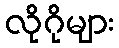
လိုဂိုများ